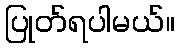
ပြုတ်ရပါမယ်။